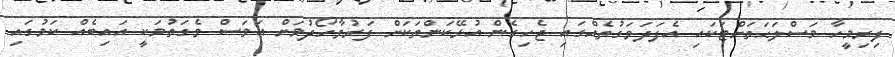
ފިރިމީހާ މަސްލަޙަތަށްޓަކައި އެފަދަވަގުތެއްގައި ޖެހިގެން އުޅޭކަންތަކަށް ފަރުވާހޯދުމަށް އަވަސް ވެގަތުމަކީ އައިބެއް ކަމުގައި